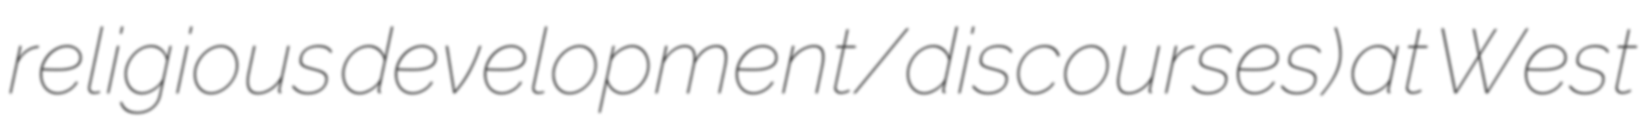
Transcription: religious development/discourses) at West